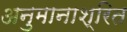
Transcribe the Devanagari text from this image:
अनुमानाश्रित